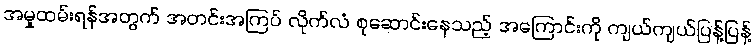
အမှုထမ်းရန်အတွက် အတင်းအကြပ် လိုက်လံ စုဆောင်းနေသည့် အကြောင်းကို ကျယ်ကျယ်ပြန့်ပြန့်